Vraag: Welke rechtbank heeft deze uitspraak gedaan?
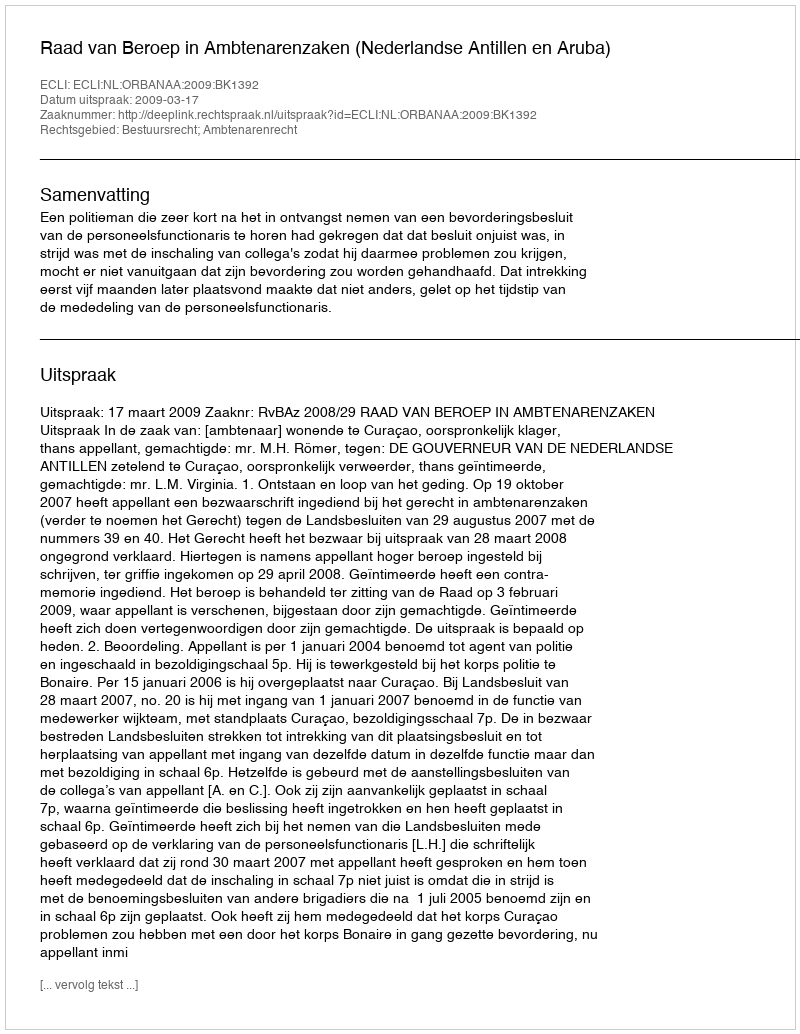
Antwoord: Raad van Beroep in Ambtenarenzaken (Nederlandse Antillen en Aruba)